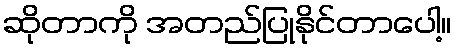
ဆိုတာကို အတည်ပြုနိုင်တာပေါ့။